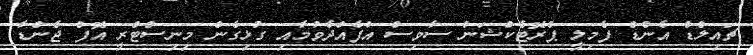
ޗައިލްޑް އެންޑް ފެމިލީ ޕްރޮޓެކްޝަން ސާވިސް އުފެއްދެވުމާއި ގުޅިގެން މިނިސްޓްރީ އޮފް ޖެންޑާ